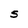
Character: S